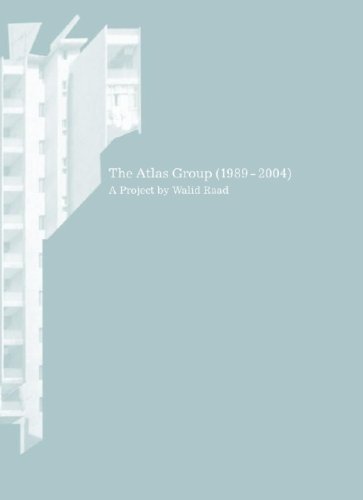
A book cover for Walid Raad: The Atlas Group 1989-2004; Kassandra Nakas; Travel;